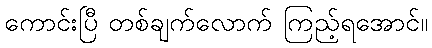
ကောင်းပြီ တစ်ချက်လောက် ကြည့်ရအောင်။